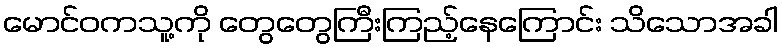
မောင်ဝကသူ့ကို တွေတွေကြီးကြည့်နေကြောင်း သိသောအခါ